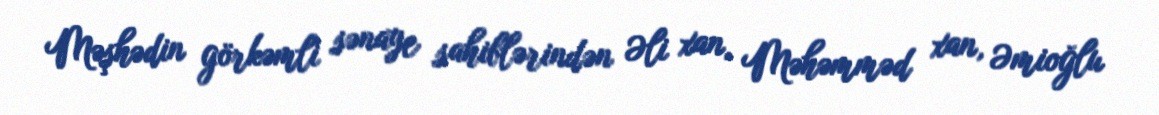
Məşhədin görkəmli sənaye sahiblərindən Əli xan, Məhəmməd xan, Əmioğlu